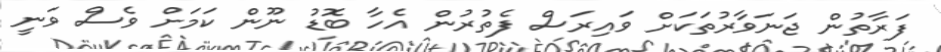
ފަރާތުން ޖަނަވާރުތަކަށް ވައިރަސް ފެތުރުން އެހާ ބޮޑު ނޫން ކަމަށް ވެސް ވަނީ